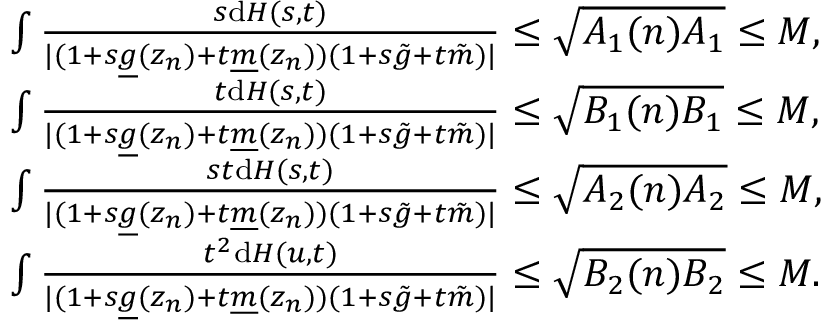
\begin{array} { r l } & { \int \frac { s \mathrm { d } H ( s , t ) } { \vert ( 1 + s \underline { { g } } ( z _ { n } ) + t \underline { { m } } ( z _ { n } ) ) ( 1 + s \tilde { g } + t \tilde { m } ) \vert } \leq \sqrt { A _ { 1 } ( n ) A _ { 1 } } \leq M , } \\ & { \int \frac { t \mathrm { d } H ( s , t ) } { \vert ( 1 + s \underline { { g } } ( z _ { n } ) + t \underline { { m } } ( z _ { n } ) ) ( 1 + s \tilde { g } + t \tilde { m } ) \vert } \leq \sqrt { B _ { 1 } ( n ) B _ { 1 } } \leq M , } \\ & { \int \frac { s t \mathrm { d } H ( s , t ) } { \vert ( 1 + s \underline { { g } } ( z _ { n } ) + t \underline { { m } } ( z _ { n } ) ) ( 1 + s \tilde { g } + t \tilde { m } ) \vert } \leq \sqrt { A _ { 2 } ( n ) A _ { 2 } } \leq M , } \\ & { \int \frac { t ^ { 2 } \mathrm { d } H ( u , t ) } { \vert ( 1 + s \underline { { g } } ( z _ { n } ) + t \underline { { m } } ( z _ { n } ) ) ( 1 + s \tilde { g } + t \tilde { m } ) \vert } \leq \sqrt { B _ { 2 } ( n ) B _ { 2 } } \leq M . } \end{array}